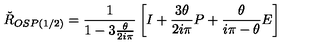
\check { R } _ { O S P ( 1 / 2 ) } = { \frac { 1 } { 1 - 3 { \frac { \theta } { 2 i \pi } } } } \left[ I + { \frac { 3 \theta } { 2 i \pi } } P + { \frac { \theta } { i \pi - \theta } } E \right]